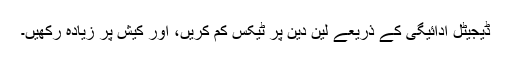
ڈیجیٹل ادائیگی کے ذریعے لین دین پر ٹیکس کم کریں، اور کیش پر زیادہ رکھیں۔